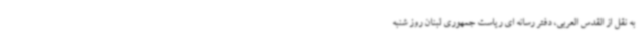
به نقل از القدس العربی، دفتر رسانه ای ریاست جمهوری لبنان روز شنبه